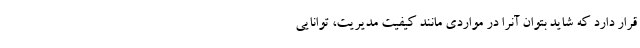
قرار دارد که شاید بتوان آنرا در مواردی مانند کیفیت مدیریت، توانایی